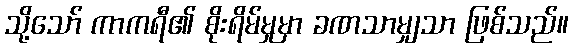
သို့သော် ကာကရီ၏ စိုးရိမ်မှုမှာ ခဏသာမျှသာ ဖြစ်သည်။